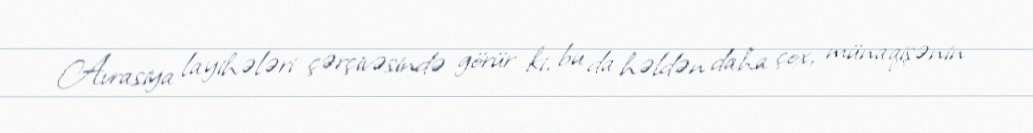
Avrasiya layihələri çərçivəsində görür ki, bu da həldən daha çox, münaqişənin